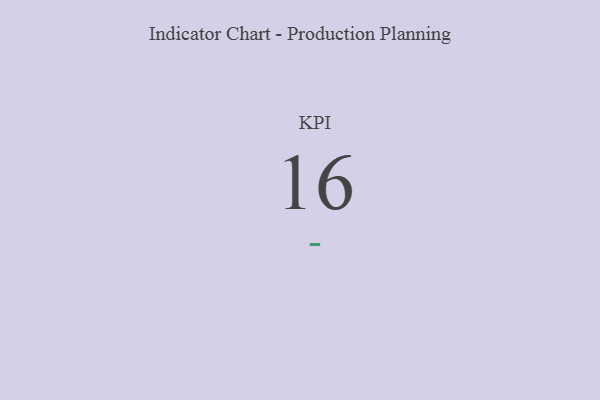
{"axis": {"x": "KPI", "y": "Value"}, "legend": [""], "data": [{"x": "KPI", "y": 16, "type": ""}]}